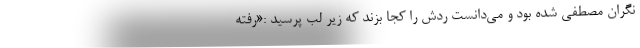
نگران مصطفی شده بود و می‌دانست ردّش را کجا بزند که زیر لب پرسید :«رفته